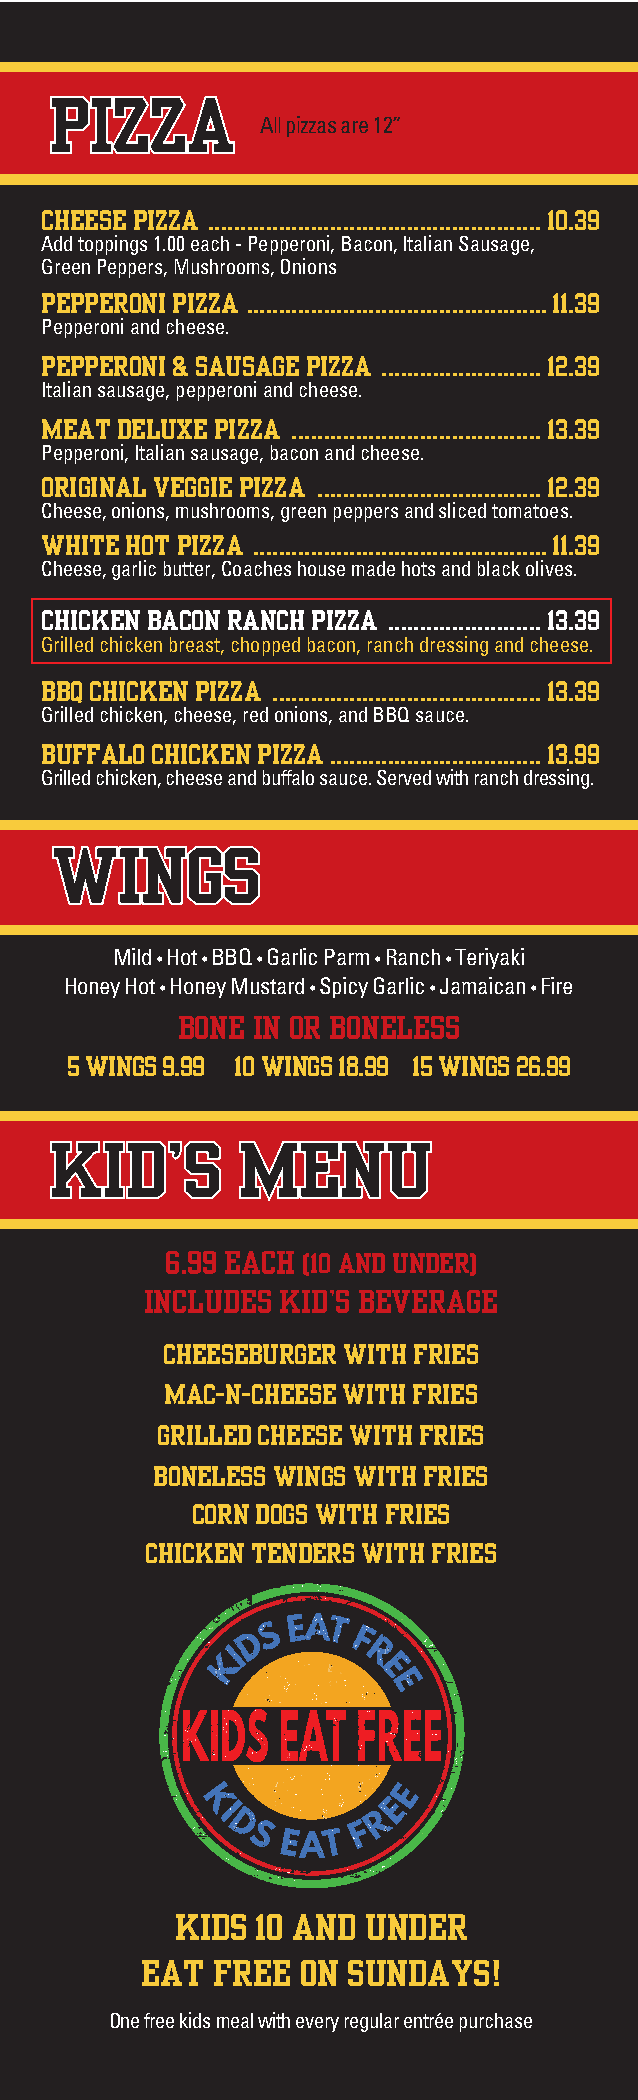
PiZZA
 All pizzas are 12”
 chEESE PiZZA ....................................................10.39
 Add toppings 1.00 each - Pepperoni, Bacon, Italian Sausage,
 Green Peppers, Mushrooms, Onions
 PEPPERoni PiZZA ...............................................11.39
 Pepperoni and cheese.
 PEPPERoni & SAUSAGE PiZZA .........................12.39
 Italian sausage, pepperoni and cheese.
 MEAt dElUxE PiZZA .......................................13.39
 Pepperoni, Italian sausage, bacon and cheese.
 oRiGinAl vEGGiE PiZZA ...................................12.39
 Cheese, onions, mushrooms, green peppers and sliced tomatoes.
 WhitE hot PiZZA ..............................................11.39
 Cheese, garlic butter, Coaches house made hots and black olives.
 chickEn bAcon RAnch PiZZA ........................13.39
 Grilled chicken breast, chopped bacon, ranch dressing and cheese.
 bbQ chickEn PiZZA ..........................................13.39
 Grilled chicken, cheese, red onions, and BBQ sauce.
 bUffAlo chickEn PiZZA .................................13.99
 Grilled chicken, cheese and buffalo sauce. Served with ranch dressing.
 WinGS
 Mild • Hot • BBQ • Garlic Parm • Ranch • Teriyaki
 Honey Hot • Honey Mustard • Spicy Garlic • Jamaican • Fire
 bonE in oR bonElESS
 5 WinGS 9.99 10 WinGS 18.99 15 WinGS 26.99
 kid’S        MEnU
 6.99 EAch (10 And UndER)
 inclUdES kid’S bEvERAGE
 chEESEbURGER With fRiES
 MAc-n-chEESE With fRiES
 GRillEd chEESE With fRiES
 bonElESS WinGS With fRiES
 coRn doGS With fRiES
 chickEn tEndERS With fRiES
 kidS 10 And UndER
 EAt  fREE  on SUndAyS!
 One free kids meal with every regular entrée purchase